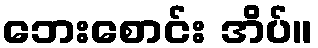
ဘေးစောင်း အိပ်။